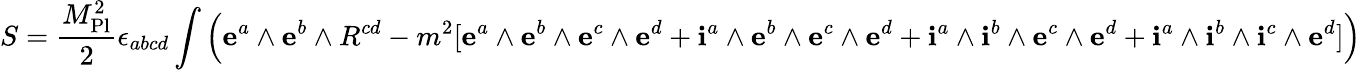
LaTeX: S={\frac{M_{\mathrm{Pl}}^{2}}{2}}\epsilon_{abcd}\int{\Big(}\mathbf{e}^{a}\land\mathbf{e}^{b}\land R^{cd}-m^{2}[\mathbf{e}^{a}\land\mathbf{e}^{b}\land\mathbf{e}^{c}\land\mathbf{e}^{d}+\mathbf{i}^{a}\land\mathbf{e}^{b}\land\mathbf{e}^{c}\land\mathbf{e}^{d}+\mathbf{i}^{a}\land\mathbf{i}^{b}\land\mathbf{e}^{c}\land\mathbf{e}^{d}+\mathbf{i}^{a}\land\mathbf{i}^{b}\land\mathbf{i}^{c}\land\mathbf{e}^{d}]{\Big)}